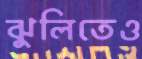
ঝুলিতেও